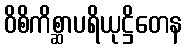
ဝိစိကိစ္ဆာပရိယုဋ္ဌိတေန